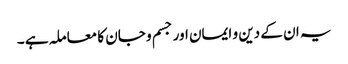
یہ ان کے دین و ایمان اور جسم و جان کا معاملہ ہے ۔